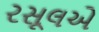
રસૂલએ